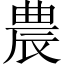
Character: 農